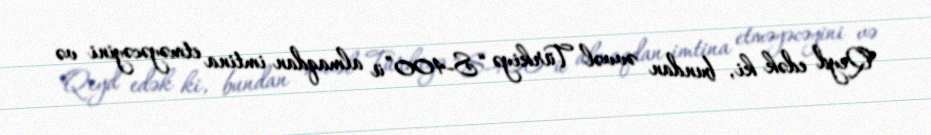
Qeyd edək ki, bundan əvvəl Türkiyə “S-400”ü almaqdan imtina etməyəcəyini və